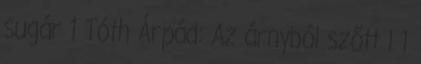
sugár 1 Tóth Árpád: Az árnyból szőtt l 1